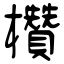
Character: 欑